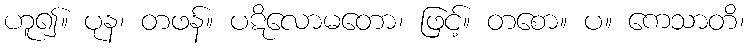
ဟူ၍။ ပုန၊ တဖန်။ ပဋိလောမတော၊ ဖြင့်။ တစော။ ပ။ ကေသာတိ၊